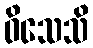
ဝိသေသိ